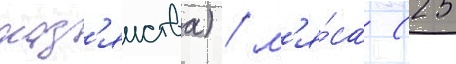
хоз'яиства) / м'я́са (25